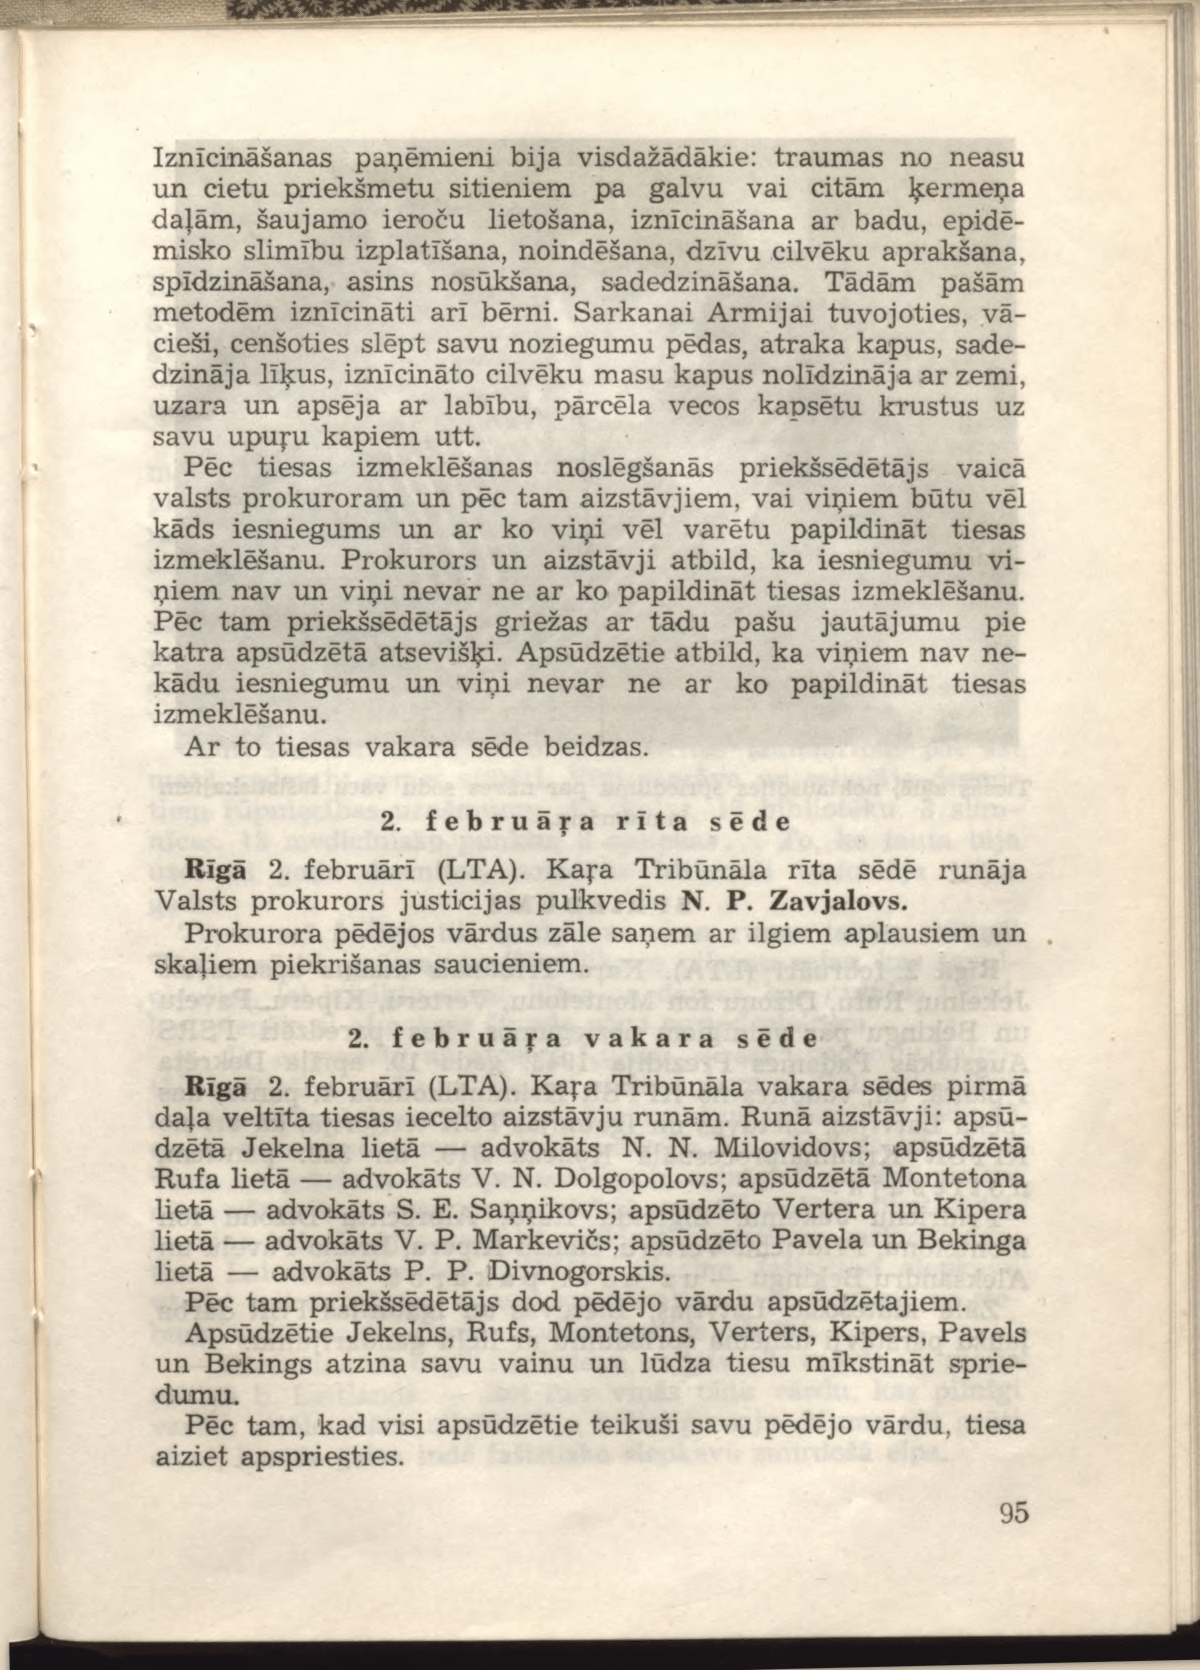
Language: lv